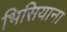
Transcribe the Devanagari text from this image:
भिसियाना